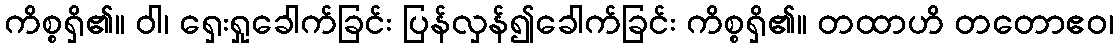
ကိစ္စရှိ၏။ ဝါ၊ ရှေးရှုခေါက်ခြင်း ပြန်လှန်၍ခေါက်ခြင်း ကိစ္စရှိ၏။ တထာဟိ တတောဧဝ၊